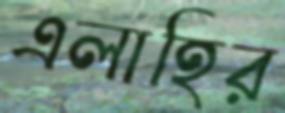
এলাহির